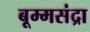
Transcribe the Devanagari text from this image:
बूम्मसंद्रा